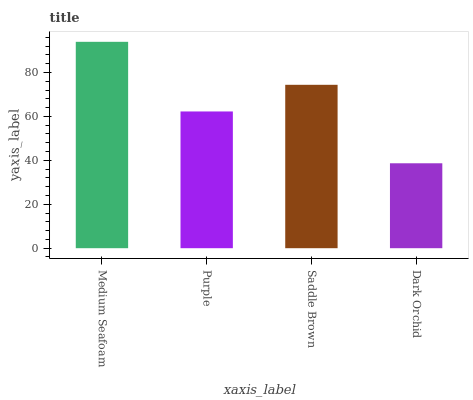
| xaxis_label | bars |
 | --- | --- |
 | Medium Seafoam | 94 |
 | Purple | 62.3 |
 | Saddle Brown | 74.4 |
 | Dark Orchid | 38.7 |